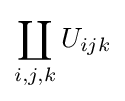
\coprod _{i,j,k}U_{ijk}